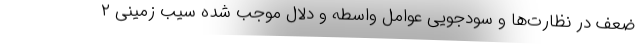
ضعف در نظارت‌ها و سودجویی عوامل واسطه و دلال موجب شده سیب زمینی ۲